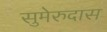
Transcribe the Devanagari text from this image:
सुमेरुदास